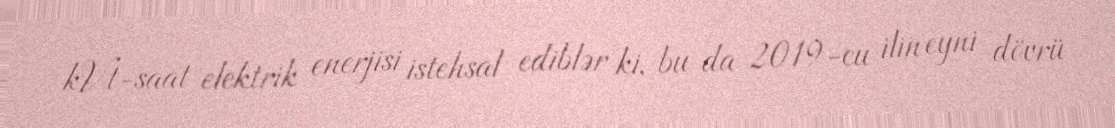
kVt-saat elektrik enerjisi istehsal ediblər ki, bu da 2019-cu ilin eyni dövrü